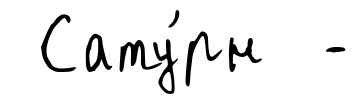
Сату́рн -